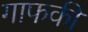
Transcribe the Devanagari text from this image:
गाफकी